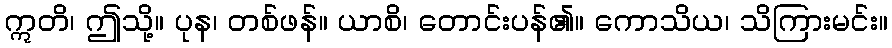
ဣတိ၊ ဤသို့။ ပုန၊ တစ်ဖန်။ ယာစိ၊ တောင်းပန်၏။ ကောသိယ၊ သိကြားမင်း။